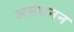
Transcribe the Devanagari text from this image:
असंघनन